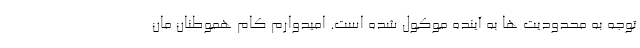
توجه به محدودیت ها به آینده موکول شده است. امیدوارم کام هموطنان مان